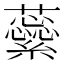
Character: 𧄜